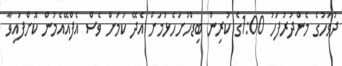
ދުވަހުގެ މެންދުރުފަހު 1:00ގެ ކުރިން ބިޑްހުށަހެޅުމަށް އެދޭ ކަމަށް ވެސް އެފްއޭއެމުން ކޮށްފައިވާ